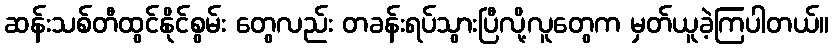
ဆန်းသစ်တီထွင်နိုင်စွမ်း တွေလည်း တခန်းရပ်သွားပြီလို့လူတွေက မှတ်ယူခဲ့ကြပါတယ်။